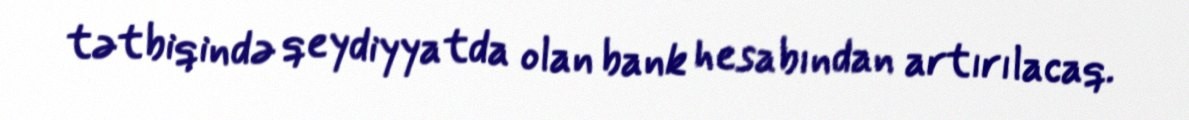
tətbiqində qeydiyyatda olan bank hesabından artırılacaq.